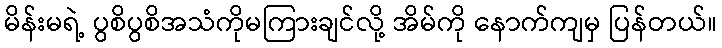
မိန်းမရဲ့ ပွစိပွစိအသံကိုမကြားချင်လို့ အိမ်ကို နောက်ကျမှ ပြန်တယ်။